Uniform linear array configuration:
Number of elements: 24
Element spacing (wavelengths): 0.5
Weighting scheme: cosine
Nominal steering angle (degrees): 15
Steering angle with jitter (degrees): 13.882
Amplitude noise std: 0.05
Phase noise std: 0.05

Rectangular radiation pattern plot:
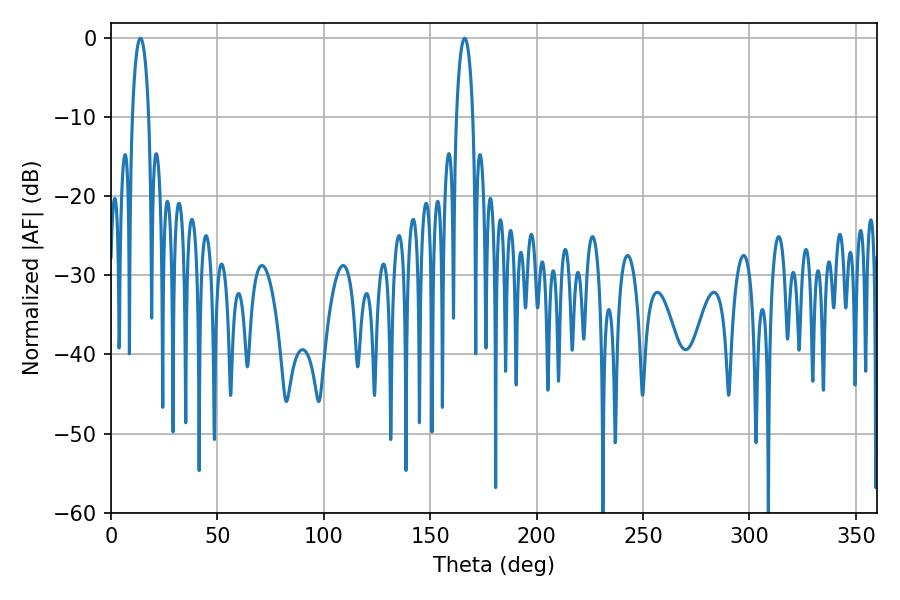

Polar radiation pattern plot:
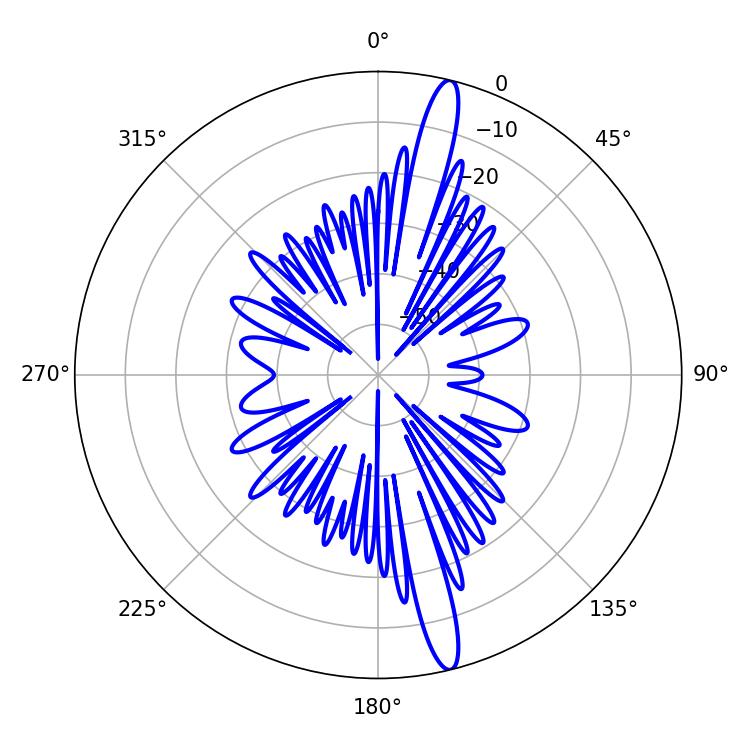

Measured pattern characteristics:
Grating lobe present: FALSE
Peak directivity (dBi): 16.901
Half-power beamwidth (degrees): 4.32
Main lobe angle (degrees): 13.86